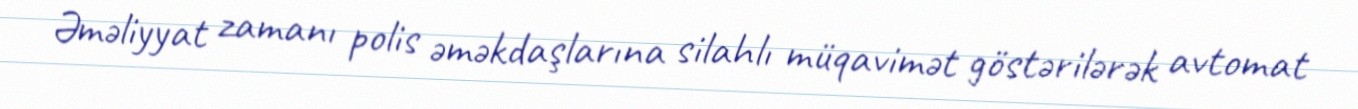
Əməliyyat zamanı polis əməkdaşlarına silahlı müqavimət göstərilərək avtomat